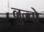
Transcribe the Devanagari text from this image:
लुन्वो